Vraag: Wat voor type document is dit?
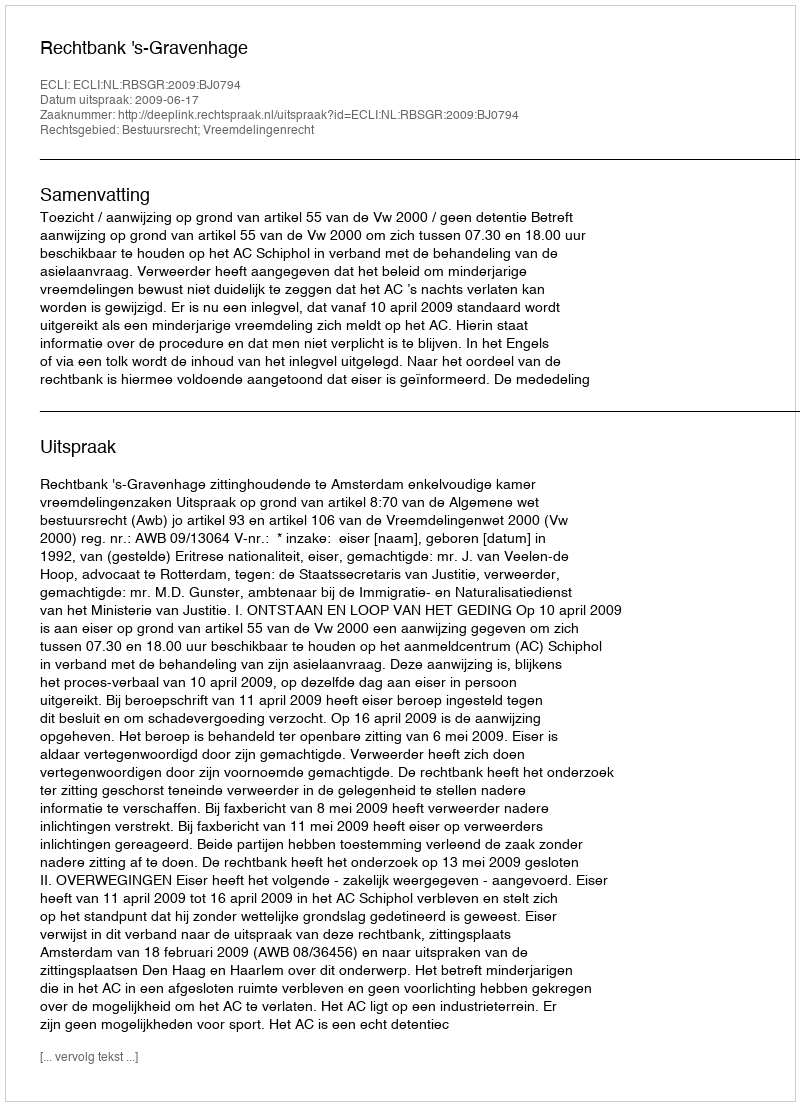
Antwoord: Uitspraak